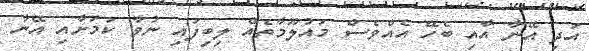
އަދި އޭނާ އާއި ބެހޭ އެއްވެސް މައުލޫމާތެއް ލިބިފައި ނުވާ ކަމަށާއި އޭނާ